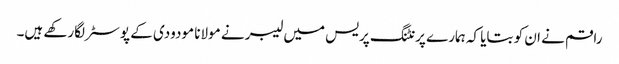
راقم نے ان کو بتایا کہ ہمارے پرنٹنگ پریس میں لیبر نے مولانا مودودی کے پوسٹر لگارکھے ہیں۔